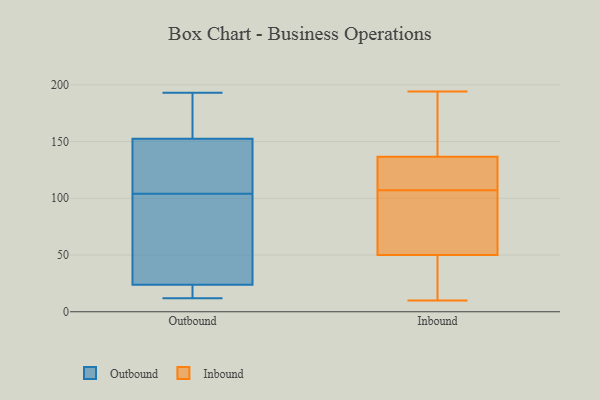
{"axis": {"x": "Market Share (%)", "y": "Value"}, "legend": ["Inbound", "Outbound"], "data": [{"x": "", "y": 29, "type": "Outbound"}, {"x": "", "y": 12, "type": "Outbound"}, {"x": "", "y": 16, "type": "Outbound"}, {"x": "", "y": 52, "type": "Outbound"}, {"x": "", "y": 18, "type": "Outbound"}, {"x": "", "y": 145, "type": "Outbound"}, {"x": "", "y": 68, "type": "Outbound"}, {"x": "", "y": 142, "type": "Outbound"}, {"x": "", "y": 104, "type": "Outbound"}, {"x": "", "y": 157, "type": "Outbound"}, {"x": "", "y": 22, "type": "Outbound"}, {"x": "", "y": 155, "type": "Outbound"}, {"x": "", "y": 189, "type": "Outbound"}, {"x": "", "y": 193, "type": "Outbound"}, {"x": "", "y": 118, "type": "Outbound"}, {"x": "", "y": 132, "type": "Inbound"}, {"x": "", "y": 113, "type": "Inbound"}, {"x": "", "y": 50, "type": "Inbound"}, {"x": "", "y": 118, "type": "Inbound"}, {"x": "", "y": 34, "type": "Inbound"}, {"x": "", "y": 194, "type": "Inbound"}, {"x": "", "y": 58, "type": "Inbound"}, {"x": "", "y": 101, "type": "Inbound"}, {"x": "", "y": 50, "type": "Inbound"}, {"x": "", "y": 163, "type": "Inbound"}, {"x": "", "y": 122, "type": "Inbound"}, {"x": "", "y": 178, "type": "Inbound"}, {"x": "", "y": 141, "type": "Inbound"}, {"x": "", "y": 89, "type": "Inbound"}, {"x": "", "y": 10, "type": "Inbound"}, {"x": "", "y": 14, "type": "Inbound"}]}